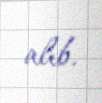
alıb.